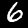
Digit: 6